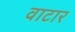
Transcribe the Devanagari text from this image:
वाटार